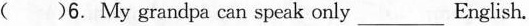
（ ）6. My grandpa can speak only ___ English.